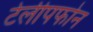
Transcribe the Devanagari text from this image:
टेलीपफोन